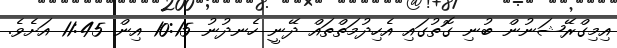
އިމިގްރޭޝަނުން ބުނި ގޮތުގައި އެހިދުމަތްތައް ދޭނީ ހެނދުނު 10:15 އިން 11:45 އަށެވެ.